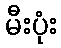
မီးပုံး